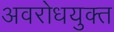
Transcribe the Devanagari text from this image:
अवरोधयुक्त